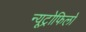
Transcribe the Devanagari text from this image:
न्यूट्रोफिलों